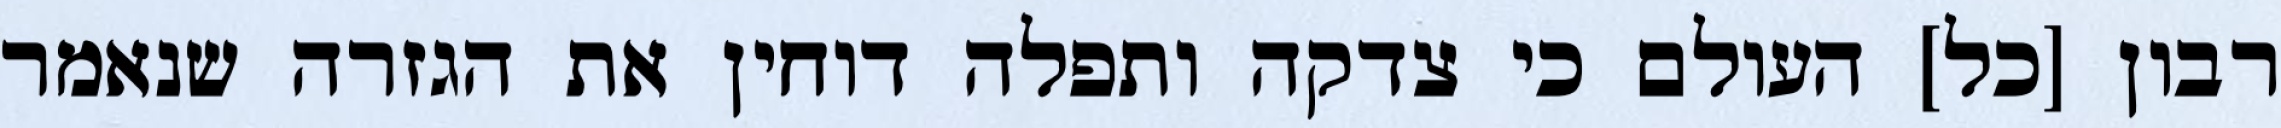
רבון [כל] העולם כי צדקה ותפלה דוחין את הגזרה שנאמר